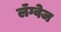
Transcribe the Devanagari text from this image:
लॅंग्वेज